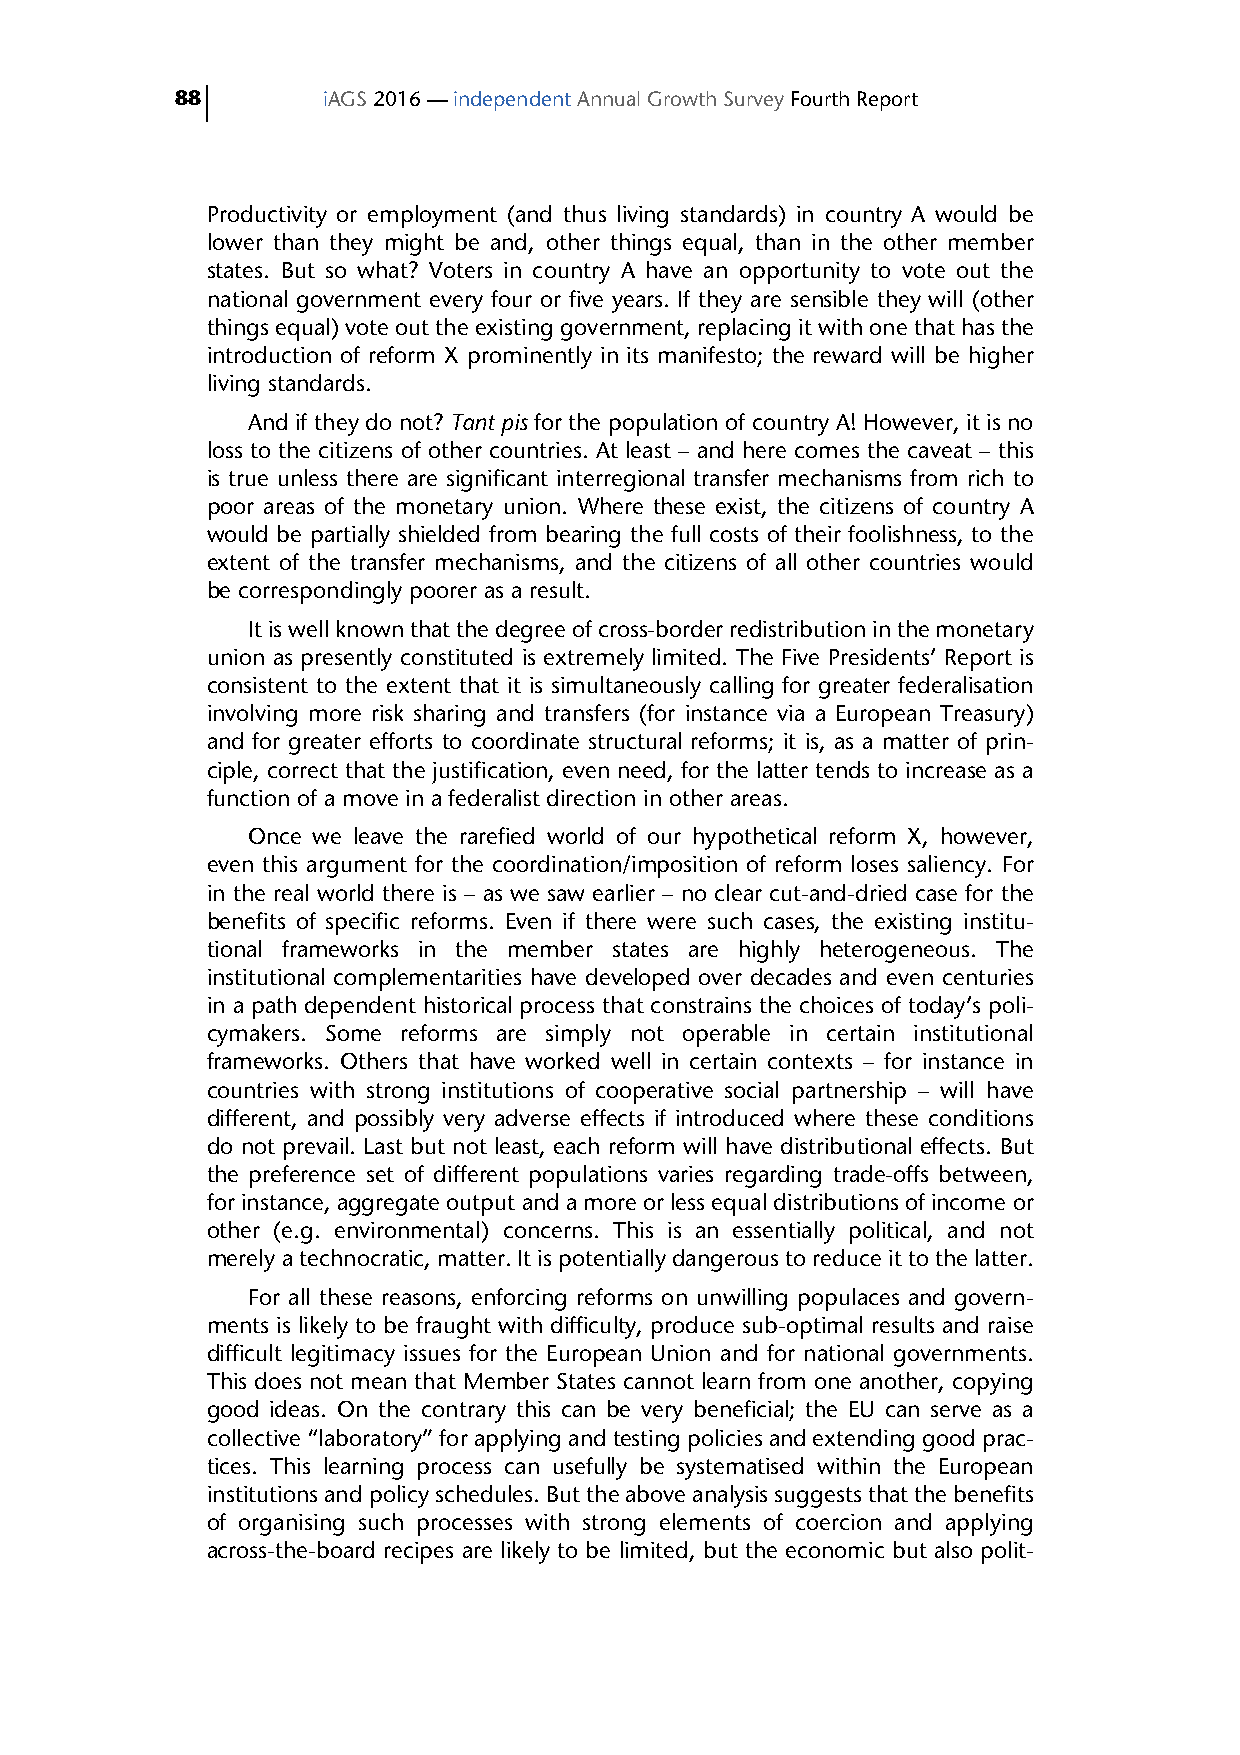
88       iAGS 2016 — independent Annual Growth Survey Fourth Report
 Productivity or employment (and thus living standards) in country A would be
 lower than they might be and, other things equal, than in the other member
 states. But so what? Voters in country A have an opportunity to vote out the
 national government every four or five years. If they are sensible they will (other
 things equal) vote out the existing government, replacing it with one that has the
 introduction of reform X prominently in its manifesto; the reward will be higher
 living standards.
 And if they do not? Tant pis for the population of country A! However, it is no
 loss to the citizens of other countries. At least – and here comes the caveat – this
 is true unless there are significant interregional transfer mechanisms from rich to
 poor areas of the monetary union. Where these exist, the citizens of country A
 would be partially shielded from bearing the full costs of their foolishness, to the
 extent of the transfer mechanisms, and the citizens of all other countries would
 be correspondingly poorer as a result.
 It is well known that the degree of cross-border redistribution in the monetary
 union as presently constituted is extremely limited. The Five Presidents’ Report is
 consistent to the extent that it is simultaneously calling for greater federalisation
 involving more risk sharing and transfers (for instance via a European Treasury)
 and for greater efforts to coordinate structural reforms; it is, as a matter of prin-
 ciple, correct that the justification, even need, for the latter tends to increase as a
 function of a move in a federalist direction in other areas.
 Once we leave the rarefied world of our hypothetical reform X, however,
 even this argument for the coordination/imposition of reform loses saliency. For
 in the real world there is – as we saw earlier – no clear cut-and-dried case for the
 benefits of specific reforms. Even if there were such cases, the existing institu-
 tional frameworks in the member states are highly heterogeneous. The
 institutional complementarities have developed over decades and even centuries
 in a path dependent historical process that constrains the choices of today’s poli-
 cymakers. Some reforms are simply not operable in certain institutional
 frameworks. Others that have worked well in certain contexts – for instance in
 countries with strong institutions of cooperative social partnership – will have
 different, and possibly very adverse effects if introduced where these conditions
 do not prevail. Last but not least, each reform will have distributional effects. But
 the preference set of different populations varies regarding trade-offs between,
 for instance, aggregate output and a more or less equal distributions of income or
 other (e.g. environmental) concerns. This is an essentially political, and not
 merely a technocratic, matter. It is potentially dangerous to reduce it to the latter.
 For all these reasons, enforcing reforms on unwilling populaces and govern-
 ments is likely to be fraught with difficulty, produce sub-optimal results and raise
 difficult legitimacy issues for the European Union and for national governments.
 This does not mean that Member States cannot learn from one another, copying
 good ideas. On the contrary this can be very beneficial; the EU can serve as a
 collective “laboratory” for applying and testing policies and extending good prac-
 tices. This learning process can usefully be systematised within the European
 institutions and policy schedules. But the above analysis suggests that the benefits
 of organising such processes with strong elements of coercion and applying
 across-the-board recipes are likely to be limited, but the economic but also polit-